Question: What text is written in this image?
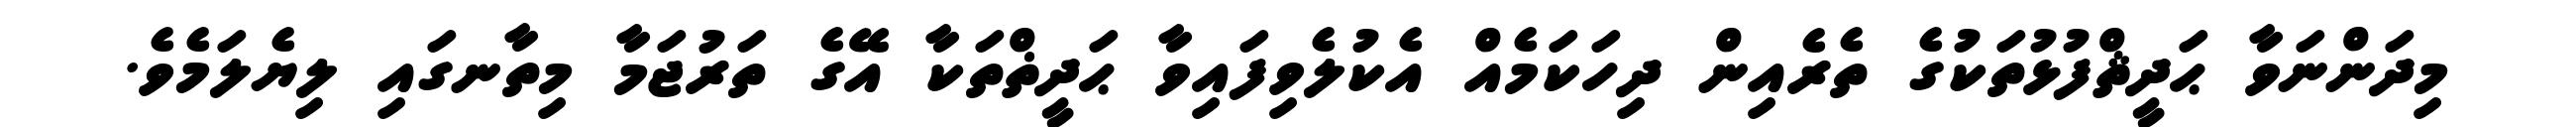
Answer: މިދަންނަވާ ޙަދީޘްފުޅުތަކުގެ ތެރެއިން ދިހަކަމެއް އެކުލެވިފައިވާ ޙަދީޡްތަކާ އޭގެ ތަރުޖަމާ މިތާނގައި ލިޔެލަމެވެ.